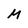
Character: M